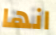
انها